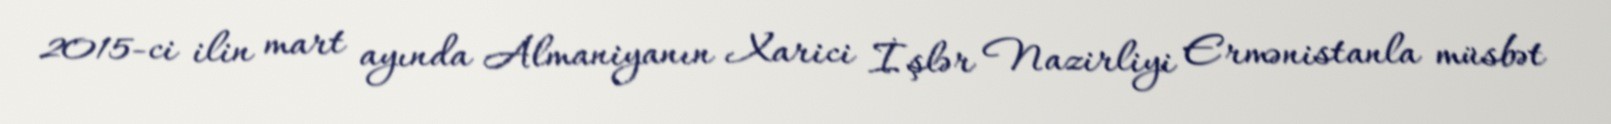
2015-ci ilin mart ayında Almaniyanın Xarici İşlər Nazirliyi Ermənistanla müsbət